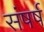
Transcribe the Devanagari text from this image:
संषर्ष